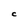
Character: C